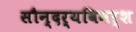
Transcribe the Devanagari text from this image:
सौन्दर्यविमर्श